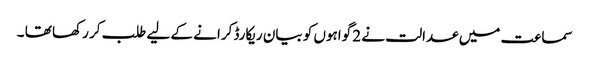
سماعت میں عدالت نے 2 گواہوں کو بیان ریکارڈ کرانے کے لیے طلب کر رکھا تھا ۔